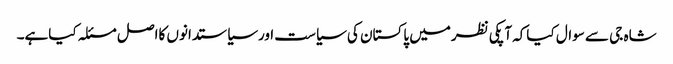
شاہ جی سے سوال کیاکہ آپکی نظرمیں پاکستان کی سیاست اورسیاستدانوں کااصل مسئلہ کیاہے۔